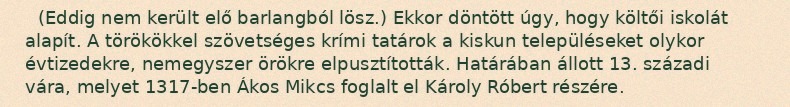
(Eddig nem került elő barlangból lösz.) Ekkor döntött úgy, hogy költői iskolát alapít. A törökökkel szövetséges krími tatárok a kiskun településeket olykor évtizedekre, nemegyszer örökre elpusztították. Határában állott 13. századi vára, melyet 1317-ben Ákos Mikcs foglalt el Károly Róbert részére.